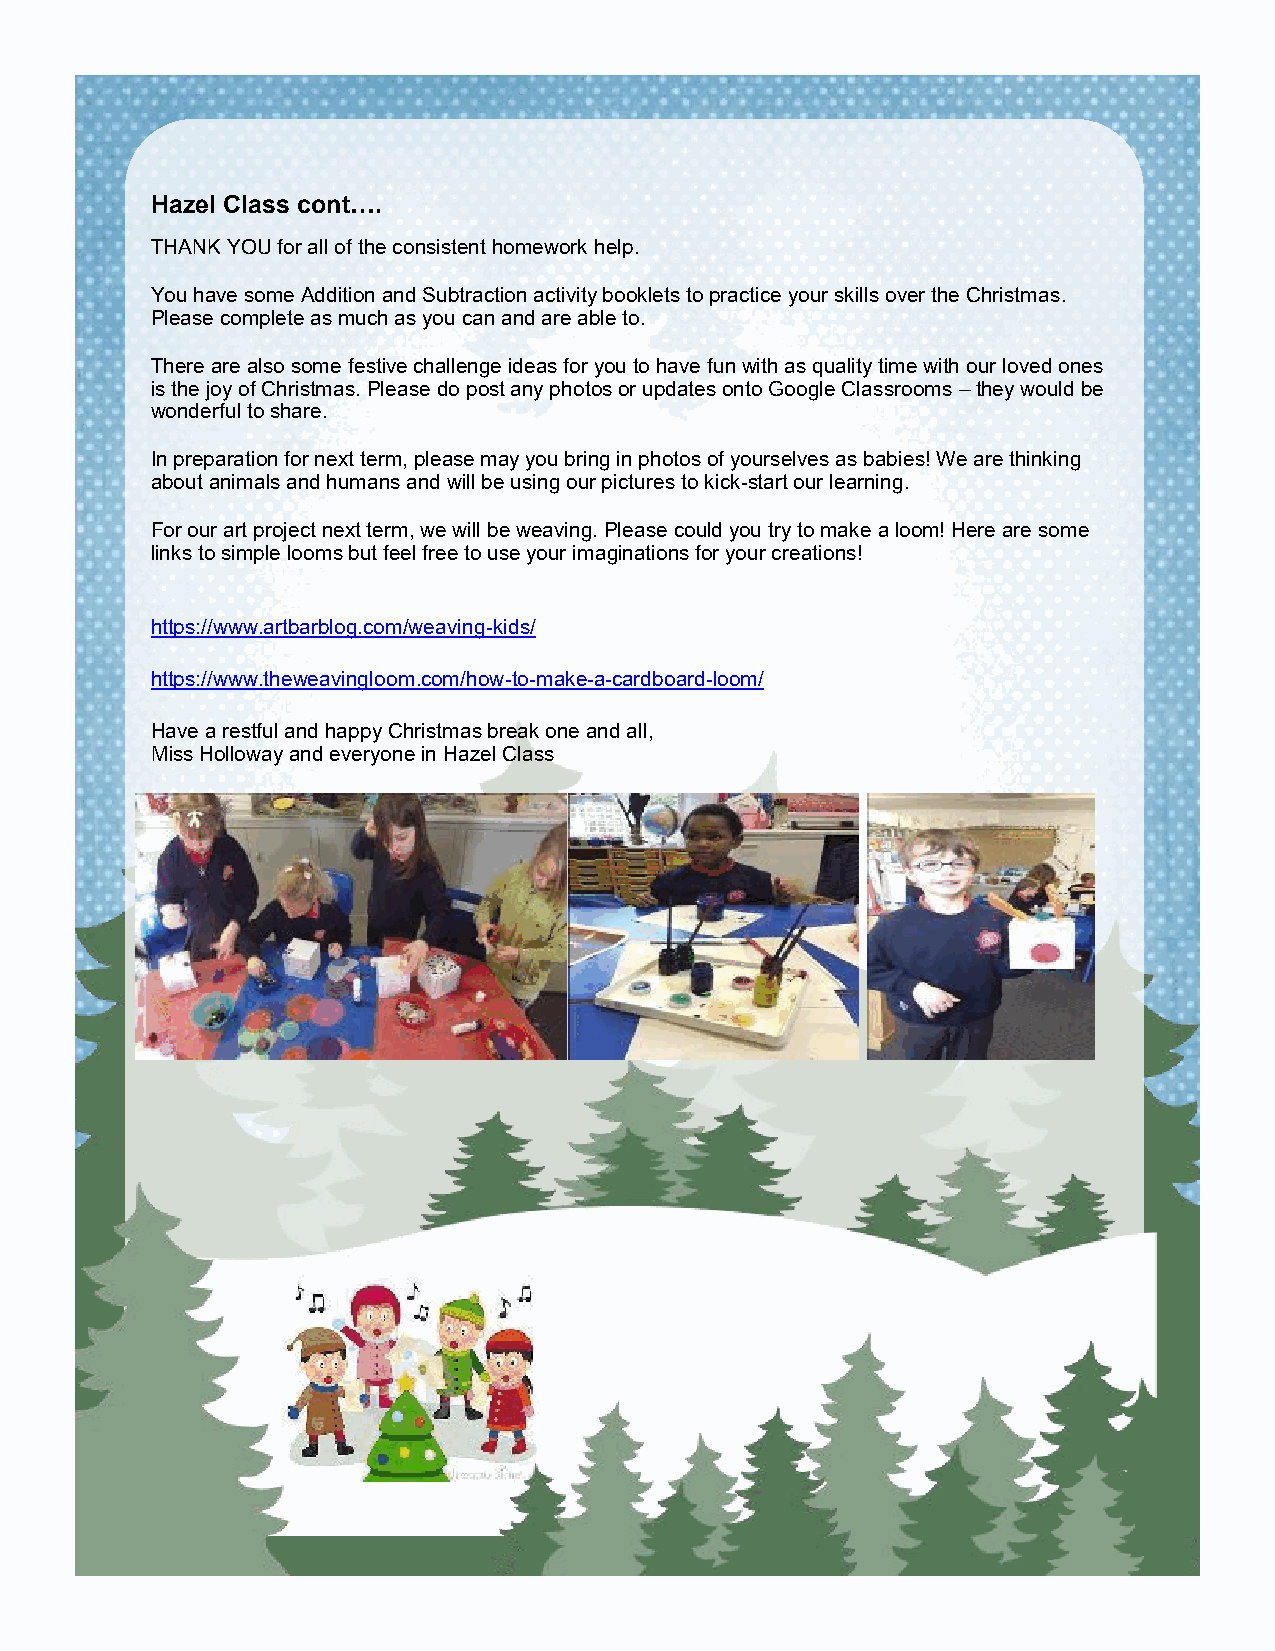
Hazel Class cont….
 THANK YOU for all of the consistent homework help.
 You have some Addition and Subtraction activity booklets to practice your skills over the Christmas.
 Please complete as much as you can and are able to.
 There are also some festive challenge ideas for you to have fun with as quality time with our loved ones
 is the joy of Christmas. Please do post any photos or updates onto Google Classrooms – they would be
 wonderful to share.
 In preparation for next term, please may you bring in photos of yourselves as babies! We are thinking
 about animals and humans and will be using our pictures to kick-start our learning.
 For our art project next term, we will be weaving. Please could you try to make a loom! Here are some
 links to simple looms but feel free to use your imaginations for your creations!
 https://www.artbarblog.com/weaving-kids/
 https://www.theweavingloom.com/how-to-make-a-cardboard-loom/
 Have a restful and happy Christmas break one and all,
 Miss Holloway and everyone in Hazel Class